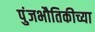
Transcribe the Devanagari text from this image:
पुंजभौतिकीच्या